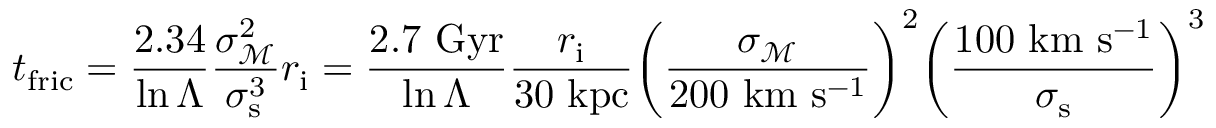
t _ { \mathrm { f r i c } } = { \frac { 2 . 3 4 } { \ln \Lambda } } { \frac { \sigma _ { \mathcal { M } } ^ { 2 } } { \sigma _ { \mathrm { s } } ^ { 3 } } } r _ { \mathrm { i } } = { \frac { 2 . 7 \ \mathrm { G y r } } { \ln \Lambda } } { \frac { r _ { \mathrm { i } } } { 3 0 \ \mathrm { k p c } } } { \bigg ( } { \frac { \sigma _ { \mathcal { M } } } { 2 0 0 \ \mathrm { k m } \ \mathrm { s ^ { - 1 } } } } { \bigg ) } ^ { 2 } { \bigg ( } { \frac { 1 0 0 \mathrm { \ k m \ s ^ { - 1 } } } { \sigma _ { \mathrm { s } } } } { \bigg ) } ^ { 3 }